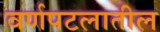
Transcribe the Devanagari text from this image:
वर्णपटलातील